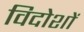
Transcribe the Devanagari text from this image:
विदोशों